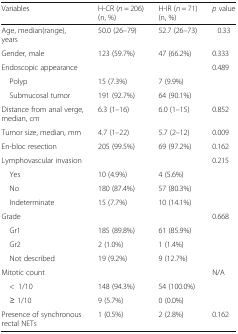
<table><thead><tr><td><b>Variables</b></td><td><b>H-CR (<i>n</i> = 206) (n, %)</b></td><td><b>H-IR (<i>n</i> = 71) (n, %)</b></td><td><b><i>p</i> value</b></td></tr></thead><tbody><tr><td>Age, median(range), years</td><td>50.0 (26–79)</td><td>52.7 (26–73)</td><td>0.33</td></tr><tr><td>Gender, male</td><td>123 (59.7%)</td><td>47 (66.2%)</td><td>0.333</td></tr><tr><td>Endoscopic appearance</td><td></td><td></td><td>0.489</td></tr><tr><td> Polyp</td><td>15 (7.3%)</td><td>7 (9.9%)</td><td></td></tr><tr><td> Submucosal tumor</td><td>191 (92.7%)</td><td>64 (90.1%)</td><td></td></tr><tr><td>Distance from anal verge, median, cm</td><td>6.3 (1–16)</td><td>6.0 (1–15)</td><td>0.852</td></tr><tr><td>Tumor size, median, mm</td><td>4.7 (1–22)</td><td>5.7 (2–12)</td><td>0.009</td></tr><tr><td>En-bloc resection</td><td>205 (99.5%)</td><td>69 (97.2%)</td><td>0.162</td></tr><tr><td>Lymphovascular invasion</td><td></td><td></td><td>0.215</td></tr><tr><td> Yes</td><td>10 (4.9%)</td><td>4 (5.6%)</td><td></td></tr><tr><td> No</td><td>180 (87.4%)</td><td>57 (80.3%)</td><td></td></tr><tr><td> Indeterminate</td><td>15 (7.7%)</td><td>10 (14.1%)</td><td></td></tr><tr><td>Grade</td><td></td><td></td><td>0.668</td></tr><tr><td> Gr1</td><td>185 (89.8%)</td><td>61 (85.9%)</td><td></td></tr><tr><td> Gr2</td><td>2 (1.0%)</td><td>1 (1.4%)</td><td></td></tr><tr><td> Not described</td><td>19 (9.2%)</td><td>9 (12.7%)</td><td></td></tr><tr><td>Mitotic count</td><td></td><td></td><td>N/A</td></tr><tr><td> &lt;1/10</td><td>148 (94.3%)</td><td>54 (100.0%)</td><td></td></tr><tr><td> ≥ 1/10</td><td>9 (5.7%)</td><td>0 (0.0%)</td><td></td></tr><tr><td>Presence of synchronous rectal NETs</td><td>1 (0.5%)</td><td>2 (2.8%)</td><td>0.162</td></tr></tbody></table>